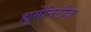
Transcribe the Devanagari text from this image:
ह्यूमेनिटीज़